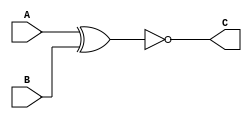
module XNOR_G(A,B,C);
input A,B;
output C;

assign C= ~(A^B);

endmodule